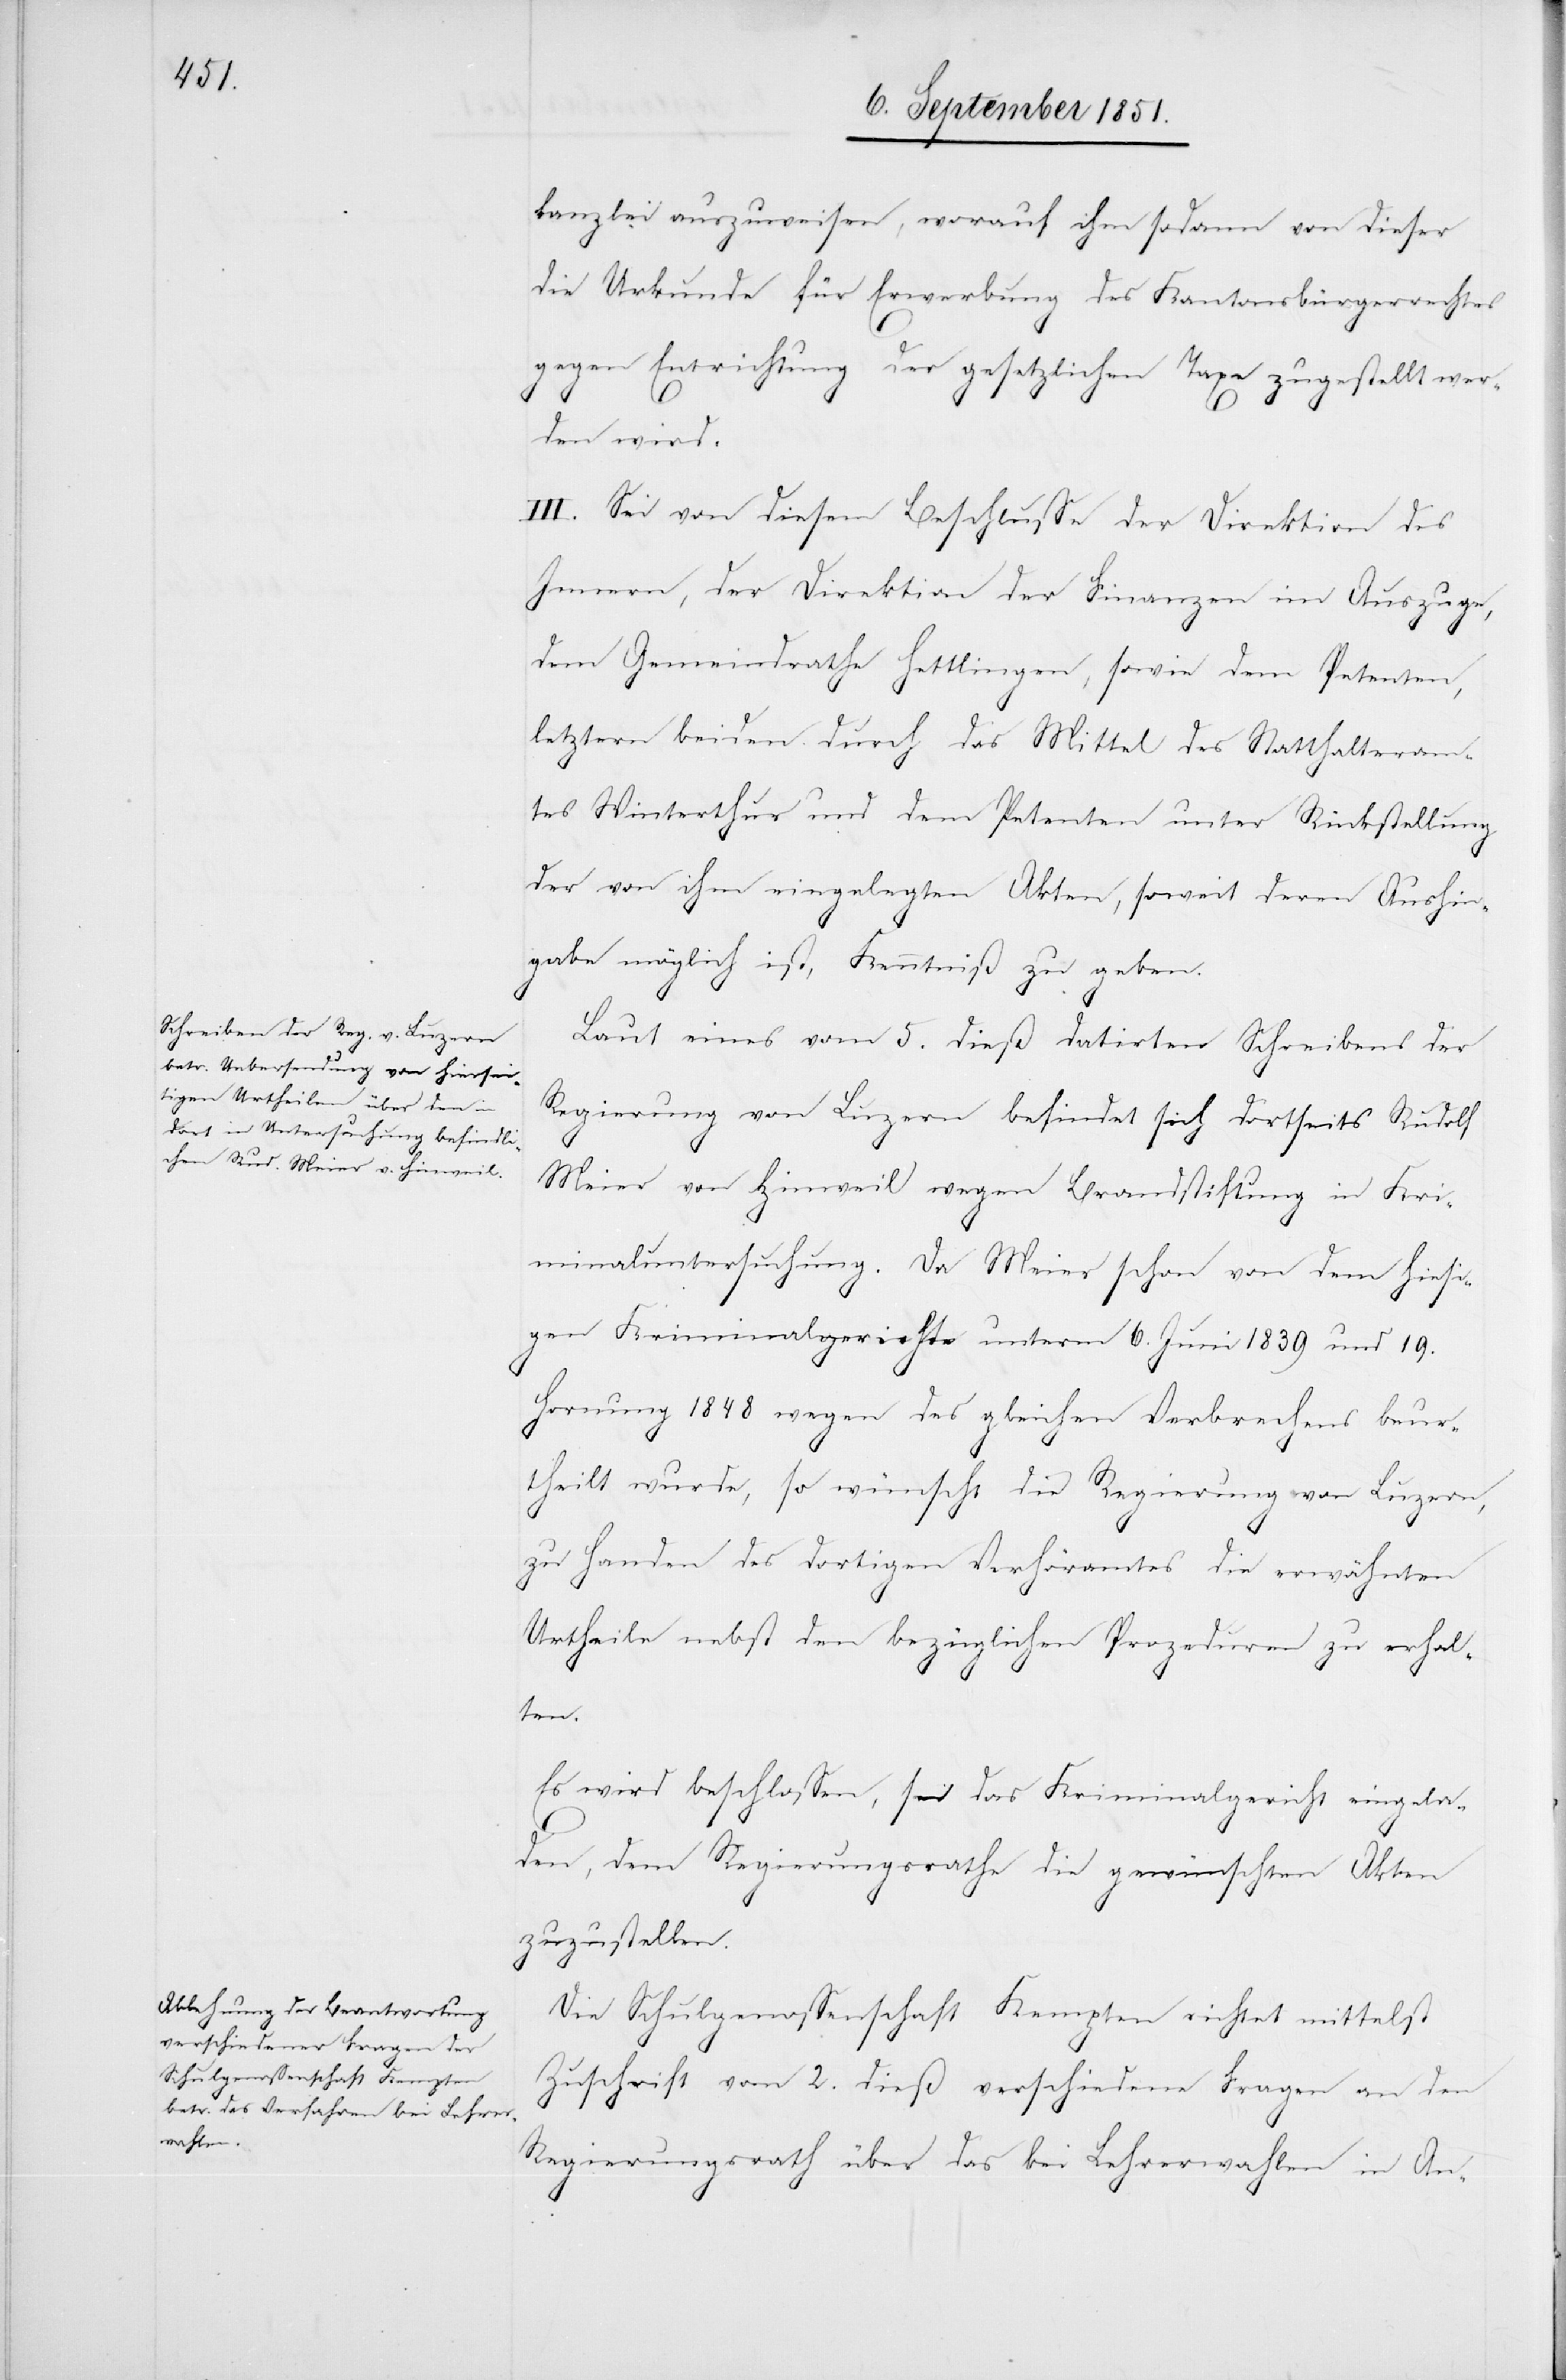
kanzlei auszuweisen, worauf ihm sodann von dieser
die Urkunde für Erwerbung des Kantonsbürgerrechtes
gegen Entrichtung der gesetzlichen Taxe zugestellt wer¬
den wird.
III. Sei von diesem Beschlusse der Direktion des
Innern, der Direktion der Finanzen im Auszuge,
dem Gemeindrathe Hettlingen, sowie dem Petenten,
letztern beiden durch das Mittel des Statthalteram¬
tes Winterthur und dem Petenten unter Rückstellung
der von ihm eingelegten Akten, soweit deren Aushin¬
gabe möglich ist, Kenntniß zu geben.
Laut eines vom 5. dieß datirten Schreibens der
Regierung von Luzern befindet sich dortseits Rudolf
Meier von Hinweil wegen Brandstiftung in Kri¬
minaluntersuchung. Da Meier schon von dem hiesi¬
gen Kriminalgerichte unterm 6. Juni 1839 und 19.
Hornung 1848 wegen des gleichen Verbrechens beur¬
theilt wurde, so wünscht die Regierung von Luzern,
zu Handen des dortigen Verhöramtes die erwähnten
Urtheile nebst den bezüglichen Prozeduren zu erhal¬
ten.
Es wird beschlossen, sei das Kriminalgericht eingela¬
den, dem Regierungsrathe die gewünschten Akten
zuzustellen.
Die Schulgenossenschaft Kempten richtet mittelst
Zuschrift vom 2. dieß verschiedene Fragen an den
Regierungsrath über das bei Lehrerwahlen in An-